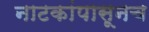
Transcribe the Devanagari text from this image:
नाटकांपासूनच